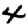
Digit: 4